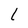
Character: l